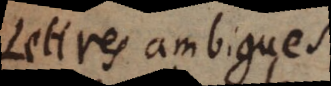
lettres ambigues